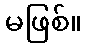
မဖြစ်။